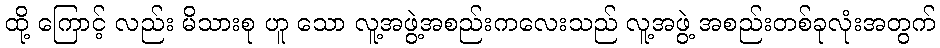
ထို့ ကြောင့် လည်း မိသားစု ဟူ သော လူ့အဖွဲ့အစည်းကလေးသည် လူ့အဖွဲ့ အစည်းတစ်ခုလုံးအတွက်